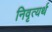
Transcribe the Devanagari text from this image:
निवृत्यर्थ